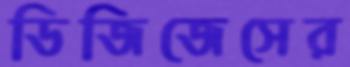
ডিজিজেসের